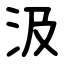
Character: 汲